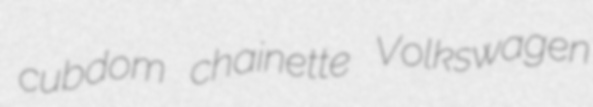
cubdom chainette Volkswagen